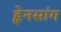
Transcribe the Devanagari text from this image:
ह्नेनसांग